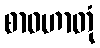
စာဝဟာတုံ